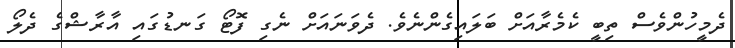
ދެމީހުންވެސް ތިބީ ކެމެރާއަށް ބަލައިގެންނެވެ. ދެވަނައަށް ނެގި ފޮޓޯ ގަނޑުގައި އާރާޝްގެ ދެލޯ